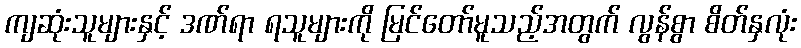
ကျဆုံးသူများနှင့် ဒဏ်ရာ ရသူများကို မြင်တော်မူသည့်အတွက် လွန်စွာ စိတ်နှလုံး